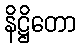
နိဋ္ဌိတော